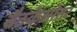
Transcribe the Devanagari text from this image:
बैठकेओत्तर